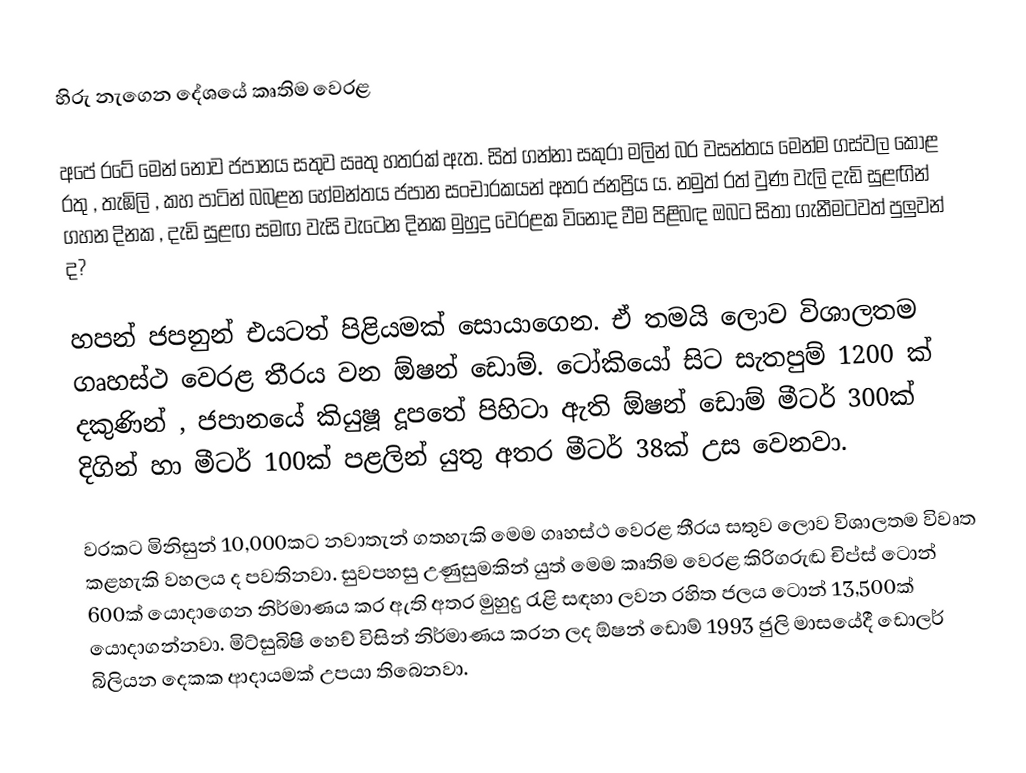
හිරු නැගෙන දේශයේ කෘතිම වෙරළ

   අපේ රටේ මෙන් නොව ජපානය සතුව ඍතු හතරක් ඇත. සිත් ගන්නා සකුරා මලින් බර වසන්තය මෙන්ම ගස්වල කොළ රතු , තැඹිලි , කහ පාටින් බබළන හේමන්තය ජපාන සංචාරකයන් අතර ජනප්‍රිය ය. නමුත් රත් වුණ වැලි දැඩි සුළඟින් ගහන දිනක , දැඩි සුළඟ සමඟ වැසි වැටෙන දිනක මුහුදු වෙරළක විනෝද වීම පිළිබඳ ඔබට සිතා ගැනීමටවත් පුලුවන් ද?

හපන් ජපනුන් එයටත් පිළියමක් සොයාගෙන. ඒ තමයි ලොව විශාලතම ගෘහස්ථ වෙරළ තීරය වන ඕෂන් ඩොම්. ටෝකියෝ සිට සැතපුම් 1200 ක් දකුණින් , ජපානයේ කියුෂූ දූපතේ පිහිටා ඇති ඕෂන් ඩොම් මීටර් 300ක් දිගින් හා මීටර් 100ක් පළලින් යුතු අතර මීටර් 38ක් උස වෙනවා.

වරකට මිනිසුන් 10,000කට නවාතැන් ගතහැකි මෙම ගෘහස්ථ වෙරළ තීරය සතුව ලොව විශාලතම විවෘත කළහැකි වහලය ද පවතිනවා. සුවපහසු උණුසුමකින් යුත් මෙම කෘතිම වෙරළ කිරිගරුඬ චිප්ස් ටොන් 600ක් යොදාගෙන නිර්මාණය කර ඇති අතර මුහුදු රැළි සඳහා ලවන රහිත ජලය ටොන් 13,500ක් යොදාගන්නවා. මිට්සුබිෂි හෙච් විසින් නිර්මාණය කරන ලද ඕෂන් ඩොම් 1993 ජුලි මාසයේදී ඩොලර් බිලියන දෙකක ආදායමක් උපයා තිබෙනවා.